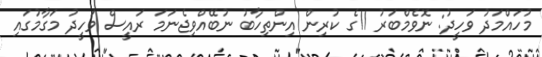
މުހައްމަދު ވަހީދު: ނޮވެމްބަރު 11ގެ ކުރިން އިންތިހާބު ނުބޭއްވިޖެނަމަ ރައީސް ވަހީދު މަގާމުގައި